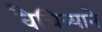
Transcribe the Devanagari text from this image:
वैचित्र्याने